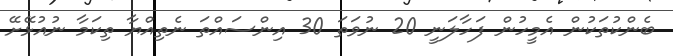
ބެންކުތަކުން އެމީހުން ފަހާލަނީ 20 ނުވަތަ 30 އިންސައްތަ ނެތިއްޔާ ތިކަމާ ނުއުޅޭށޭ